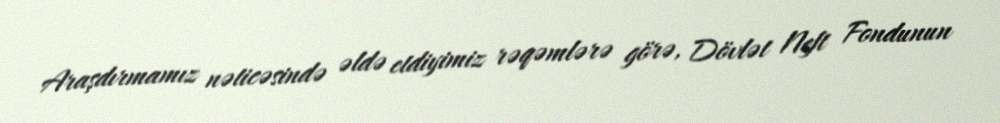
Araşdırmamız nəticəsində əldə etdiyimiz rəqəmlərə görə, Dövlət Neft Fondunun